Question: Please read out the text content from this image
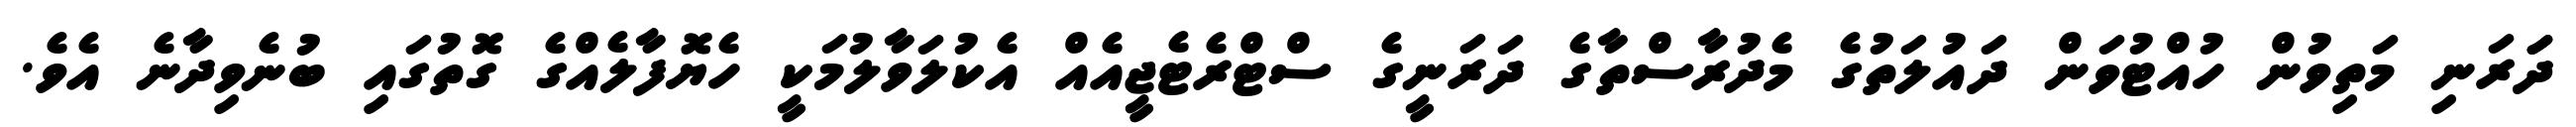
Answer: ދަަރަނި މަތިވުން ހުއްޓުވަން ދައުލަތުގެ މެދުރާސްތާގެ ދަރަނީގެ ސްޓްރެޓެޖީއެއް އެކުލަވާލުމަކީ ހެޔޮފާލެއްގެ ގޮތުގައި ބުނެވިދާނެ އެވެ.